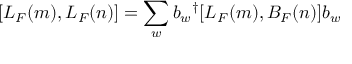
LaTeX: [ L _ { F } ( m ) , L _ { F } ( n ) ] = \sum _ { w } b _ { w } { } ^ { \dag } [ L _ { F } ( m ) , B _ { F } ( n ) ] b _ { w }